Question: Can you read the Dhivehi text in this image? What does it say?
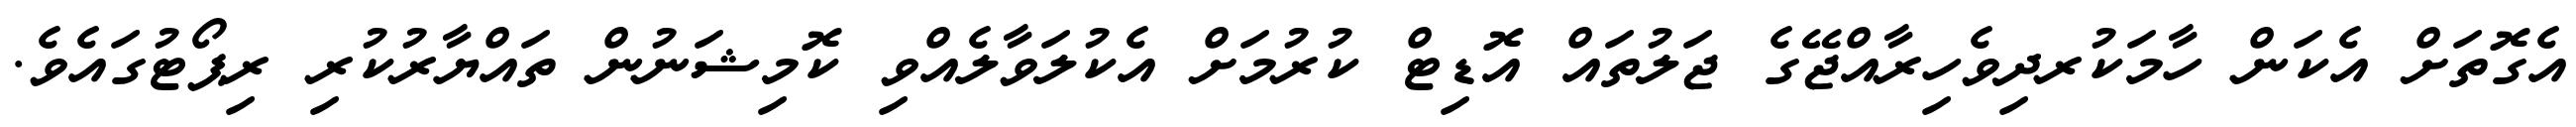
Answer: އެގޮތަށް އެކަން ހާމަކުރދިވެހިރާއްޖޭގެ ޖަލުތައް އޮޑިޓް ކުރުމަށް އެކުލަވާލެއްވި ކޮމިޝަނުން ތައްޔާރުކުރި ރިޕޯޓުގައެވެ.